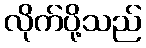
လိုက်ပို့သည်